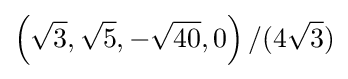
\left({\sqrt {3}},{\sqrt {5}},-{\sqrt {40}},0\right)/(4{\sqrt {3}})